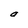
Character: a